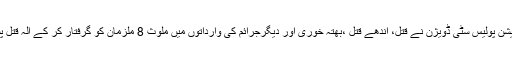
19 اپریل2018ء) انویسٹی گیشن پولیس سٹی ڈویژن نے قتل، اندھے قتل ،بھتہ خوری اور دیگرجرائم کی وارداتوں میں ملوث 8 ملزمان کو گرفتار کر کے آلہ قتل پسٹل اور راڈبرآمد کر لیے ہیں۔